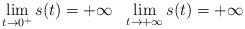
LaTeX: \begin{align*}\displaystyle\lim_{t\rightarrow 0^+}s(t)=+\infty~~\displaystyle\lim_{t\rightarrow +\infty}s(t)=+\infty\end{align*}